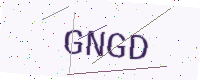
Text: GNGD